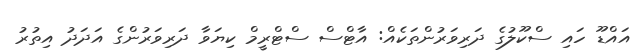
އައްޑޫ ހައި ސްކޫލުގެ ދަރިވަރުންތަކެއް: އާޓްސް ސްޓްރީމް ކިޔަވާ ދަރިވަރުންގެ އަދަދު އިތުރު